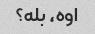
اوه، بله؟